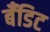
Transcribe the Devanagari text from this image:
बँडिट